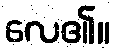
လေ၏။